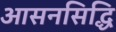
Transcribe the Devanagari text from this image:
आसनसिद्धि